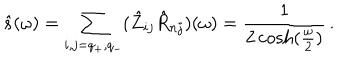
\hat { s } ( \omega ) = \sum _ { i , j = q _ { + } , q _ { - } } ( \hat { Z } _ { i j } \hat { R } _ { n j } ) ( \omega ) = { \frac { 1 } { 2 \cosh ( { \frac { \omega } { 2 } } ) } } \, .